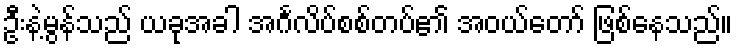
ဦးနဲ့မွန်သည် ယခုအခါ အင်္ဂလိပ်စစ်တပ်၏ အဝယ်တော် ဖြစ်နေသည်။